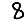
Digit: 8